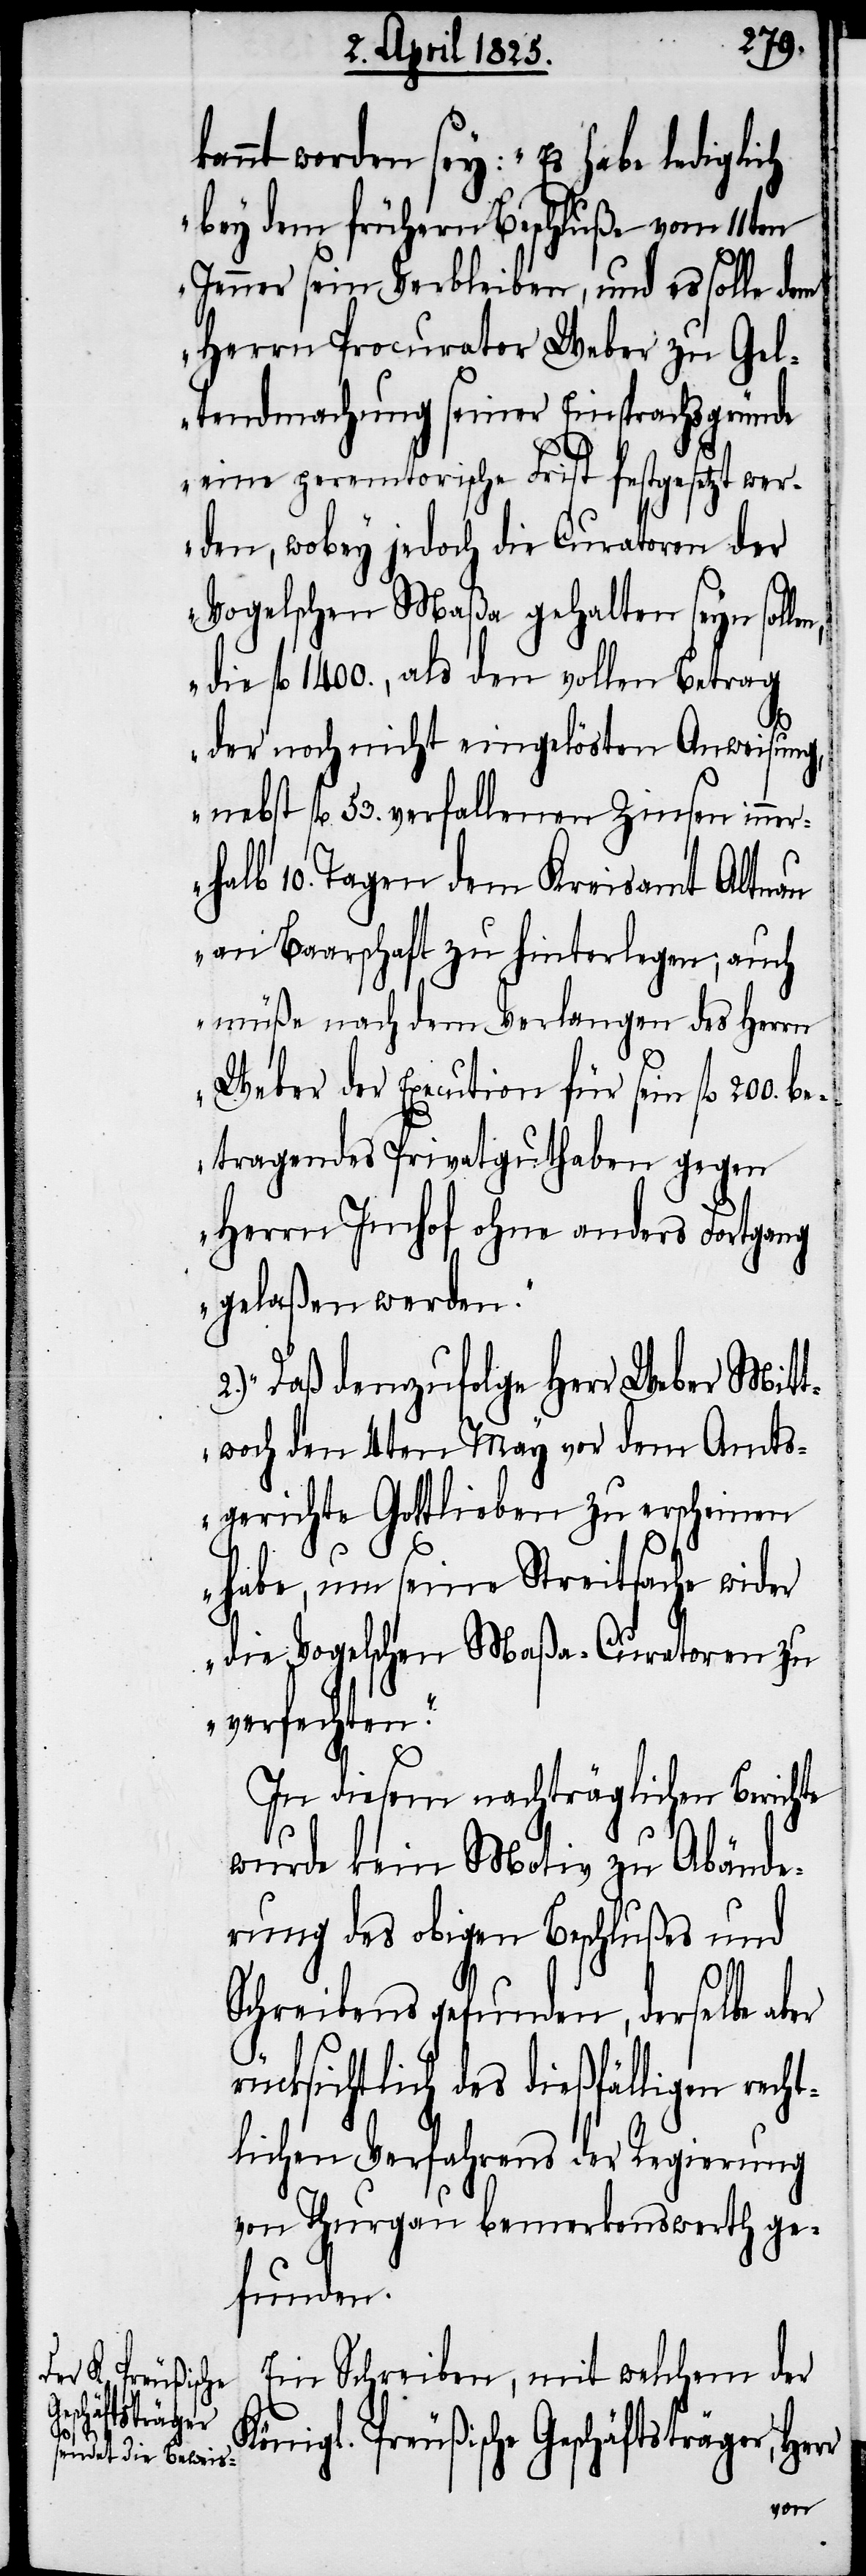
annt worden sey: „Es habe lediglich
bey dem frühern Beschluße vom 11ten
Jenner sein Verbleiben, und es solle dem
Herrn Procurator Weber zu Gel¬
tendmachung seiner Einsprachsgründe
eine peremtorische Frist festgesetzt wer¬
den, wobey jedoch die Curatoren der
Vogelschen Maßa gehalten seyn soll¬
die fl 1400., als den vollen Betrag
K¬
der noch nicht eingelösten Anweisung,
nebst fl 53. verfallenen Zinsen inner¬
halb 10. Tagen dem Kreisamt Altnau
an Baarschaft zu hinterlegen; auch
müße nach dem Verlangen des Herrn
Weber der Execution für sein fl 200. be¬
tragendes Privatguthaben gegen
Herrn Imhof ohne anders Fortgang
gelaßen werden.“
„Daß demzufolge Herr Weber Mitt¬
woch den 4ten May vor dem Amts¬
gerichte Gottlieben zu erscheinen
habe, um seine Streitsache wider
die Vogelschen Maßa-Curatoren zu
verfechten.“
In diesem nachträglichen Berichte
wurde kein Motiv zu Abände¬
rung des obigen Beschlußes und
Schreibens gefunden, derselbe
ücksichtlich des dießfälligen rech¬
tlichen Verfahrens der Regierung
von Thurgau bemerkenswerth ge¬
funden.
Ein Schreiben, mit welchem der
önigl. Preußische Geschäftsträger,